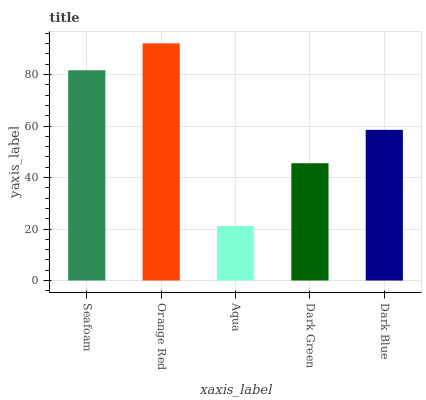
| xaxis_label | bars |
 | --- | --- |
 | Seafoam | 81.6 |
 | Orange Red | 92.1 |
 | Aqua | 21.2 |
 | Dark Green | 45.5 |
 | Dark Blue | 58.5 |